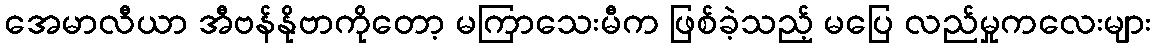
အေမာလီယာ အီဗန်နိုဗာကိုတော့ မကြာသေးမီက ဖြစ်ခဲ့သည့် မပြေ လည်မှုကလေးများ